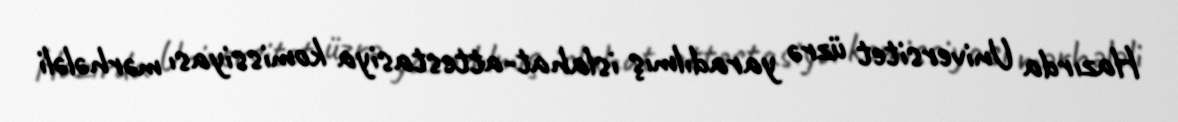
Hazırda Universitet üzrə yaradılmış islahat-attestasiya komissiyası mərhələli